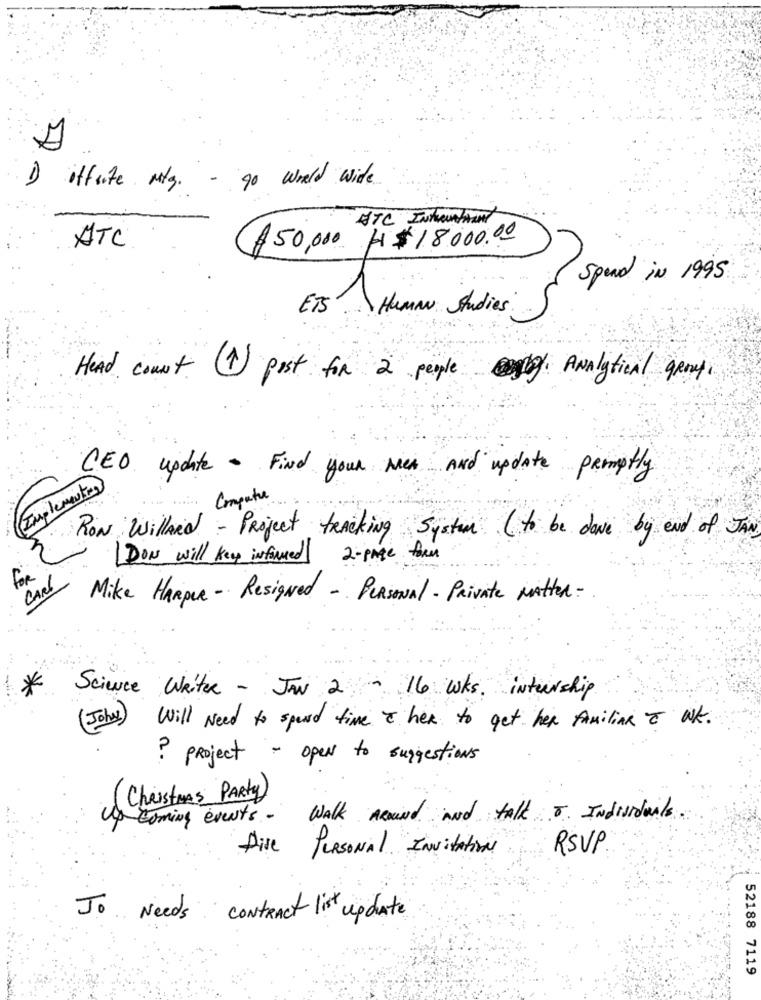
1) iffute m/g. - 90 world wide
ATC Intentiant
ATC
$50,000 H$18.000.00
Spend in 1995
1
ET5
Human Studies
Head count 1 post for 2 people by Analytical geny,
CEO update - Find your men And update promptly
Implementos
.... Compute
RON WillArd - Project tracking System ( to be done by end of JAN
DON will key infarmed 2- page form
for
CARL
Mike HARpur - Resigned - Personal - Private Matter -
*
Science Writer - JAN 2- 16 wks. internship
John) Will Need to spend time I her to get her familiAR o WK.
? project - open to suggestions
(Christmas PARTY)
Up coming events - WALK Around And talk 5. Individuals
Dive Personal Invitation
RSVP
Jo Needs contract list update
7119